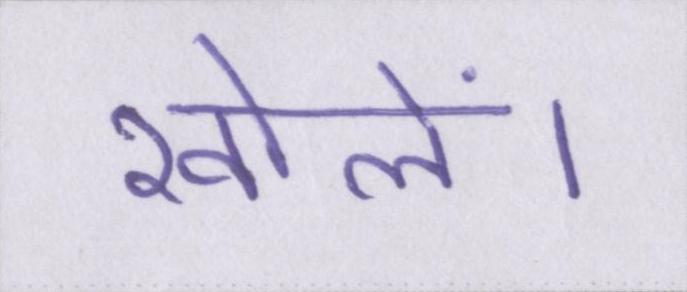
खोलें।